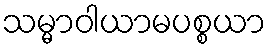
သမ္မာဝါယာမပစ္စယာ